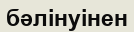
бәлінуінен